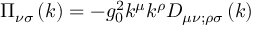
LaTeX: \Pi _ { \nu \sigma } \left( k \right) = - g _ { 0 } ^ { 2 } k ^ { \mu } k ^ { \rho } D _ { \mu \nu ; \rho \sigma } \left( k \right)